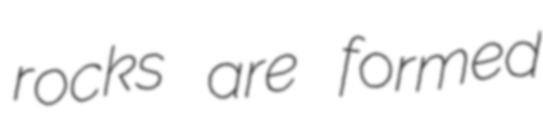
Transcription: rocks are formed